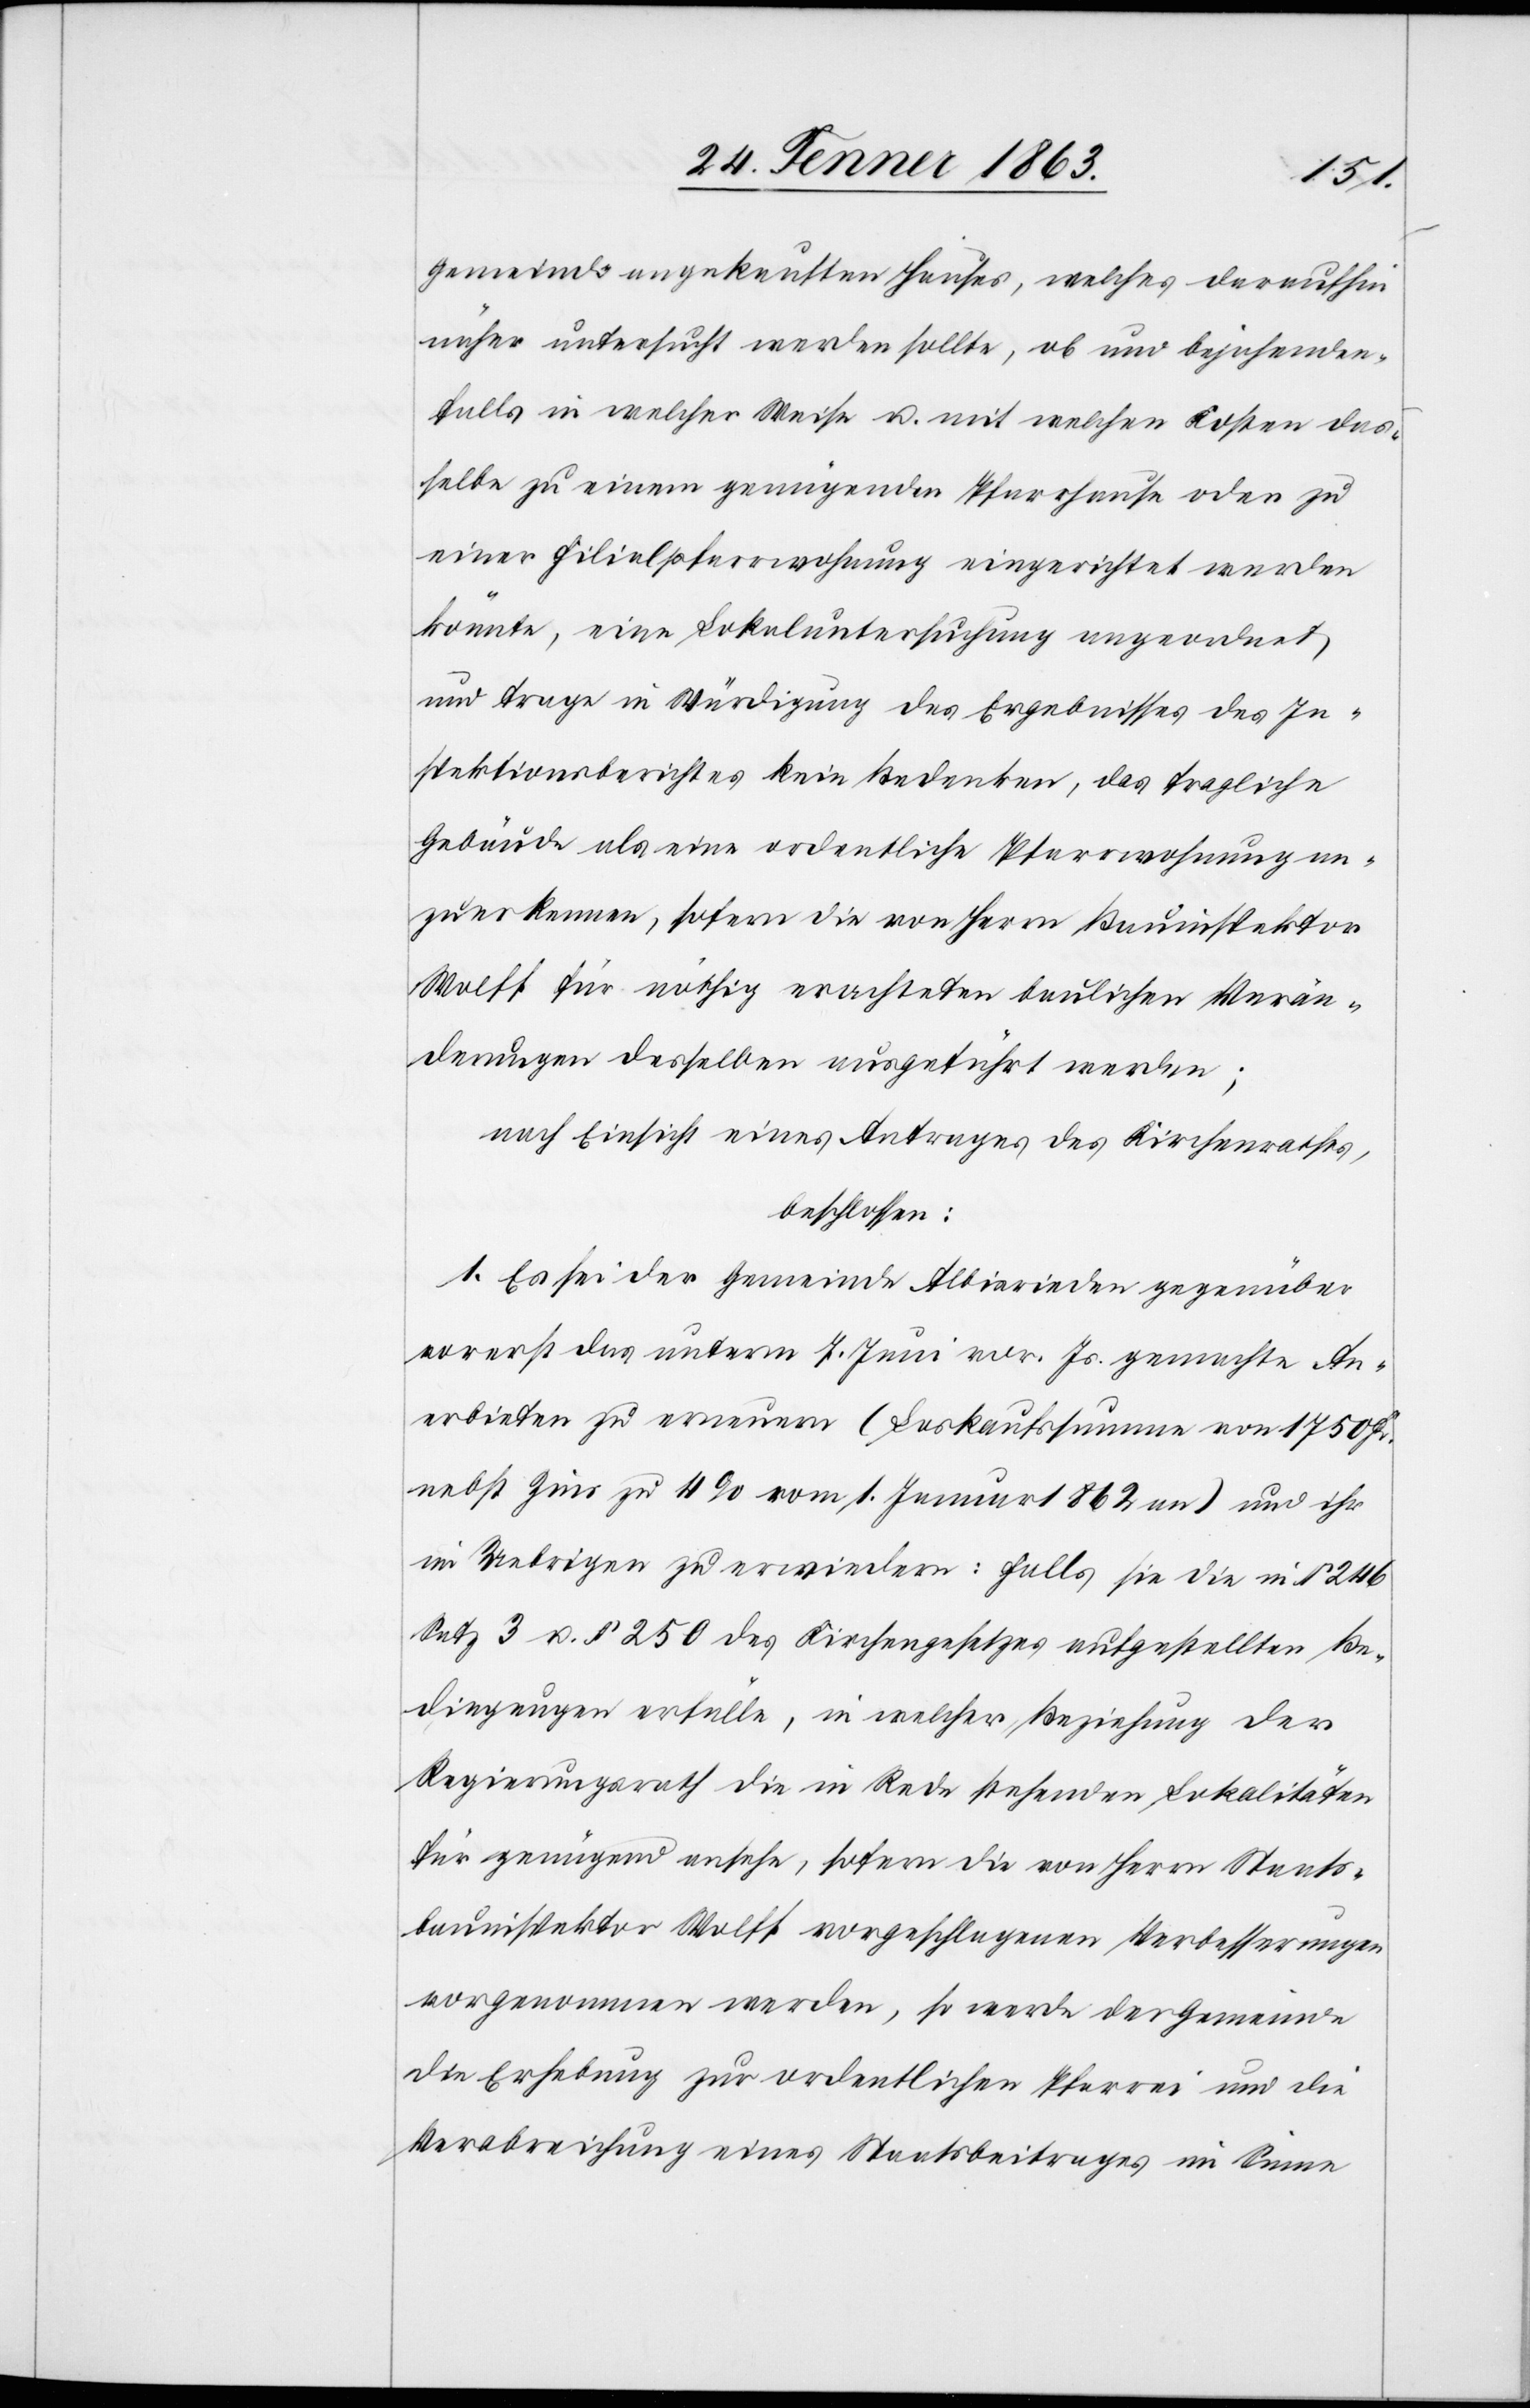
Gemeinde angekauften Hauses, welches daraufhin
näher untersucht werden sollte, ob und bejahenden¬
falls in welcher Weise u. mit welchen Kosten das¬
selbe zu einem genügenden Pfarrhause oder zu
einer Filialpfarrwohnung eingerichtet werden
könnte, eine Lokaluntersuchung angeordnet
und trage in Würdigung des Ergebnisses des In¬
spektionsberichtes kein Bedenken, das fragliche
Gebäude als eine ordentliche Pfarrwohnung an¬
zuerkennen, sofern die von Herrn Bauinspektor
Wolff für nöthig erachteten baulichen Verän¬
derungen desselben ausgeführt werden;
nach Einsicht eines Antrages des Kirchenrathes,
beschlossen:
1. Es sei der Gemeinde Albisrieden gegenüber
vorerst das unterm 7. Juni vor. Js. gemachte An¬
erbieten zu erneuern (Loskaufssumme von 1750 Fr.
nebst Zins zu 4% vom 1. Januar 1862 an) und ihr
im Uebrigen zu erwiedern: Falls sie die in § 246
Satz 3 u. § 250 des Kirchengesetzes aufgestellten Be¬
dingungen erfülle, in welcher Beziehung der
Regierungsrath die in Rede stehenden Lokalitäten
für genügend ansehe, sofern die von Herrn Staats¬
bauinspektor Wolff vorgeschlagenen Verbesserungen
vorgenommen werden, so werde der Gemeinde
die Erhebung zur ordentlichen Pfarrei und die
Verabreichung eines Staatsbeitrages im Sinne